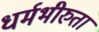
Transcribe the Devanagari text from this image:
धर्मभीरुता